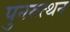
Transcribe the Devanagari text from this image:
पुनरुत्थन